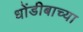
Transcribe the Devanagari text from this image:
धोंडीबाच्या